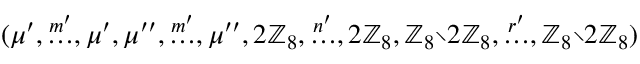
( \mu ^ { \prime } , \stackrel { m ^ { \prime } } { \dots } , \mu ^ { \prime } , \mu ^ { \prime \prime } , \stackrel { m ^ { \prime } } { \dots } , \mu ^ { \prime \prime } , 2 \mathbb { Z } _ { 8 } , \stackrel { n ^ { \prime } } { \dots } , 2 \mathbb { Z } _ { 8 } , \mathbb { Z } _ { 8 } { \setminus } 2 \mathbb { Z } _ { 8 } , \stackrel { r ^ { \prime } } { \dots } , \mathbb { Z } _ { 8 } { \setminus } 2 \mathbb { Z } _ { 8 } )